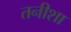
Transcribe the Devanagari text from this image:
तनीशा